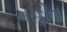
બરફીના